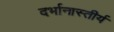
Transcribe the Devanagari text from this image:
दर्भानास्तीर्य